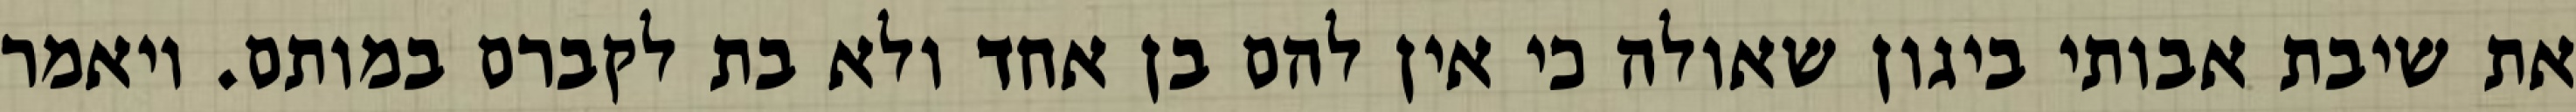
את שיבת אבותי ביגון שאולה כי אין להם בן אחד ולא בת לקברם במותם. ויאמר